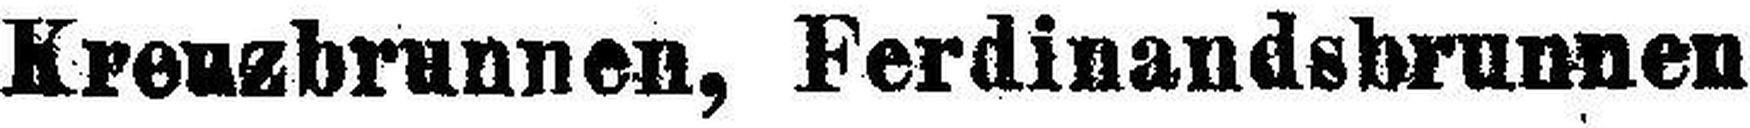
Kreuzbrunnen, Ferdinandsbrunnen oder